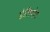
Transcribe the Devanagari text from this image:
डेलिगेट